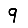
Digit: 9